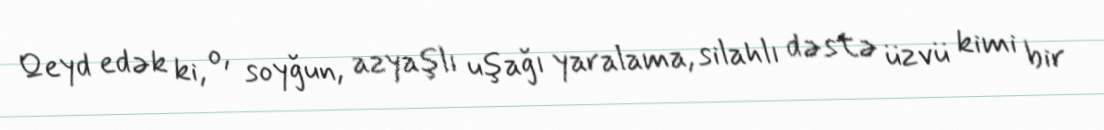
Qeyd edək ki, o, soyğun, azyaşlı uşağı yaralama, silahlı dəstə üzvü kimi bir